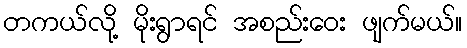
တကယ်လို့ မိုးရွာရင် အစည်းဝေး ဖျက်မယ်။